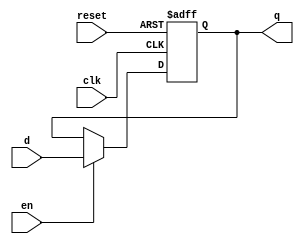
module Flopenr
#(parameter WIDTH = 8)
(	
	input 			  clk,reset,en,
	input [WIDTH-1:0] d,
	
	output[WIDTH-1:0] q
);

always@(posedge clk or posedge reset)
begin
	if (reset)
		q<=0;
	else if(en)
		q<=d;
end	

endmodule